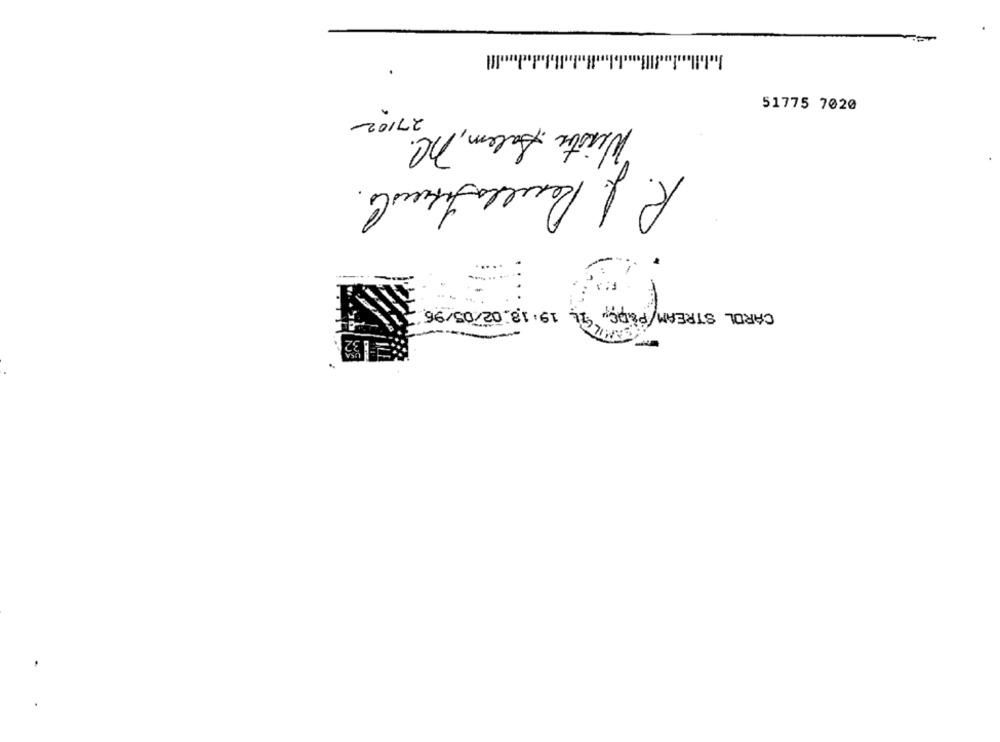
51775 7020
TOILE
Winston Salem, Ml.
R. J. Resulta Firewals.
CAROL STREAM/PERS
.96/50/20:81.6 7,